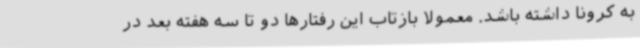
به کرونا داشته باشد. معمولا بازتاب این رفتارها دو تا سه هفته بعد در